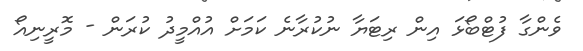
ވެންގާ ފުޓްބޯޅަ އިން ރިޓަޔާ ނުކުރާނެ ކަމަށް އުއްމީދު ކުރަން - މޮރީނިއޯ